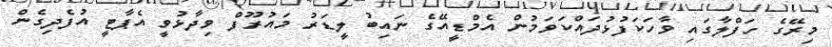
މިރޭގެ ހަފްލާގައި ވާހަކަފުޅުދައްކަވަމުން އެމްޑީއޭގެ ނައިބު ލީޑަރު މައުރޫފް ވިދާޅުވީ އެޕާޓީ އުފެދިގެން